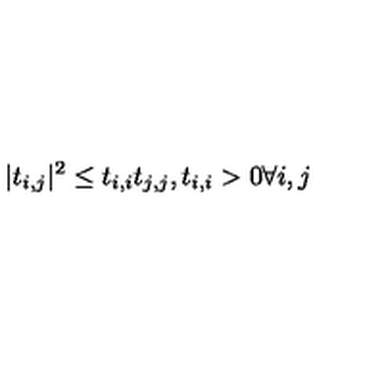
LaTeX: | t _ { i , j } | ^ { 2 } \leq t _ { i , i } t _ { j , j } , t _ { i , i } > 0 \forall i , j